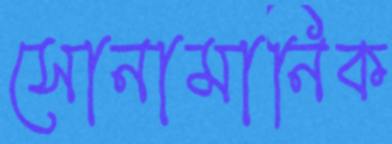
সোনামানিক